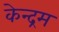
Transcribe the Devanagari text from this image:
केन्द्रम